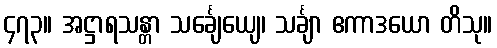
၄၇၃။ အဋ္ဌာရသန္တာ သင်္ချေယျေ၊ သင်္ချာ ဧကာဒယော တိသု။